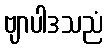
ဗျာပါဒသညံ